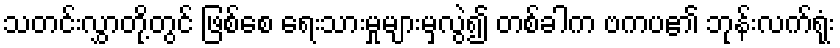
သတင်းလွှာတို့တွင် ဖြစ်စေ ရေးသားမှုများမှလွဲ၍ တစ်ခါက ဗကပ၏ ဘုန်းလက်ရုံး